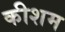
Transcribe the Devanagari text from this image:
कीशम